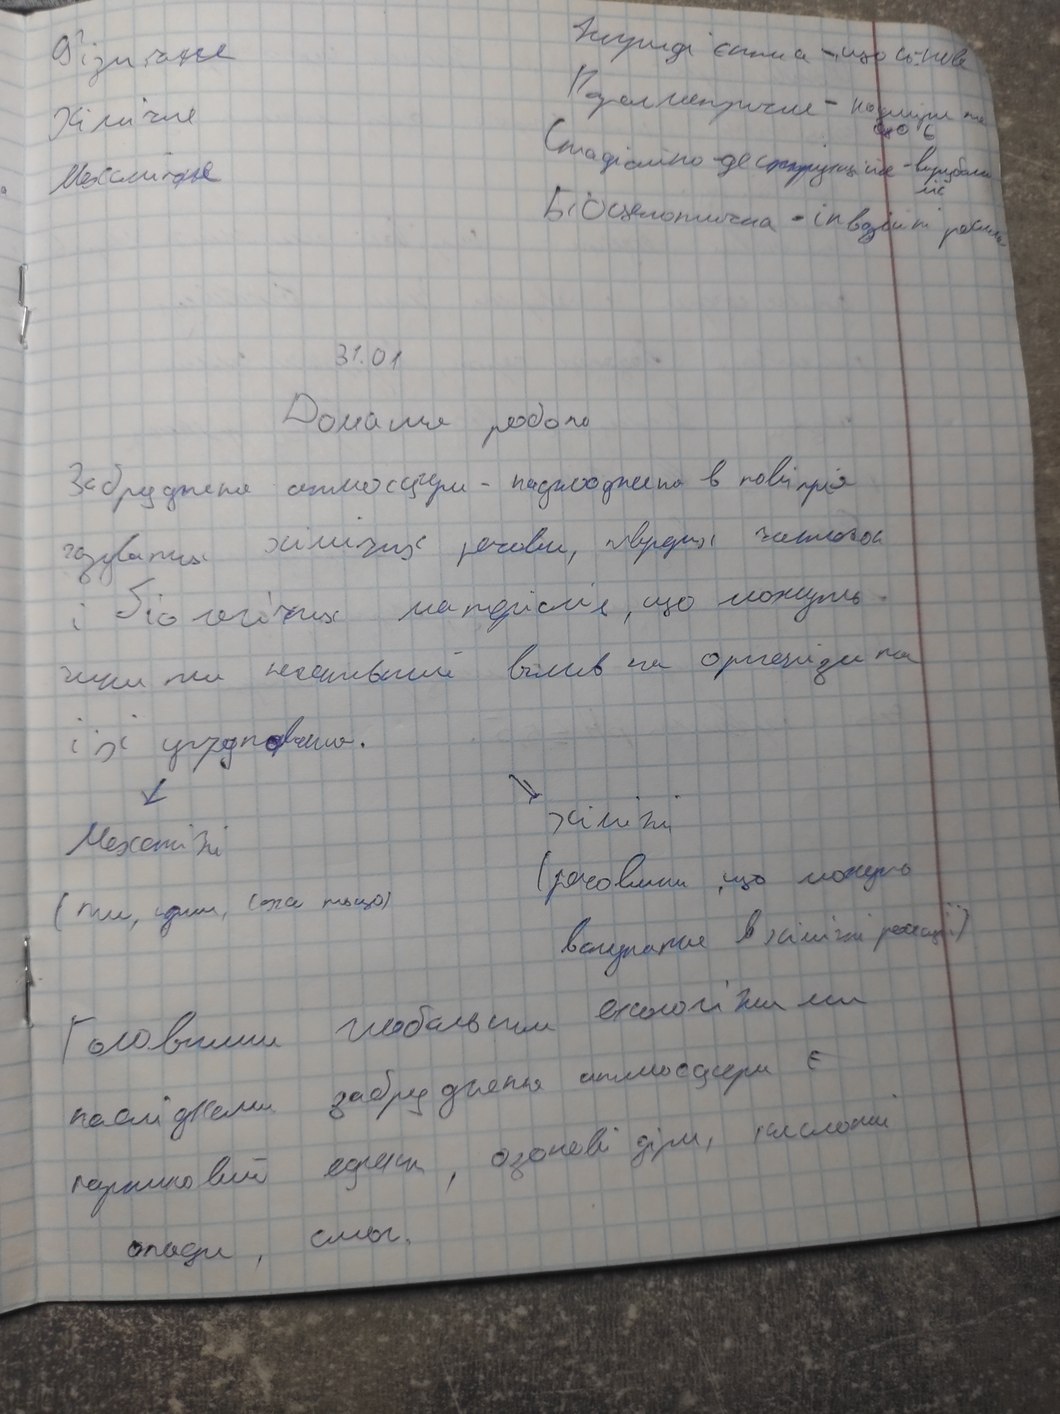
Інгридієнтна - щось нове
Фізичне
[Illegible] - надміри те
Хімічне
Стаційно-деструційне - вирубали
що є
Механічне
ліс
Біоценотична - інвоційні рослини
31.01
Домашня робота
Забруднення атмосфери - надходження в повітрія
газових хімічних речовин, твердих часток
і біологічних матеріалів, що можуть
чинити негативний вплив на організми
їх угрупування
Хімічні
Механічні
(речовини, що можуть
пил, дим, сажа тощо
вступати в хімічні реакції)
Головними глабальними екологічними
наслідками забруднення атмосфери є
парниковий ефект, озонові діри, кислотні
опади, смог